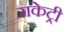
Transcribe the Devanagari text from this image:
राकेट्री